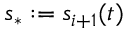
s _ { \ast } : = s _ { i + 1 } ( t )